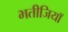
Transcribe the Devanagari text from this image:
भतीजियाॅ